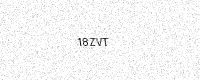
Text: 18ZVT